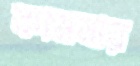
কামনার